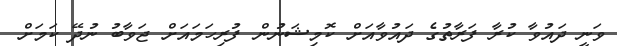
ވަނީ ދައުވާ ކުރާ ފަރާތުގެ ދައުވާއަށް ކޮމިޝަނުން ފުރިހަމައަށް ޖަވާބު ނުދޭ ކަމަށް